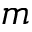
m